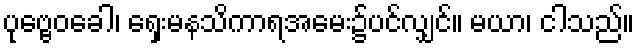
ပုဗ္ဗေဝခေါ၊ ရှေးမနသိကာရအမေး၌ပင်လျှင်။ မယာ၊ ငါသည်။